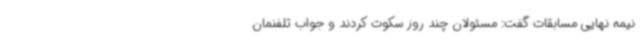
نیمه نهایی مسابقات گفت: مسئولان چند روز سکوت کردند و جواب تلفنمان